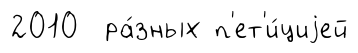
2010 ра́зных п'ет'и́циjей